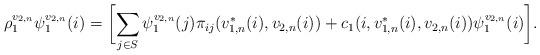
LaTeX: \begin{align*} \rho_{1}^{v_{2,n}}\psi_{1}^{v_{2,n}}(i)=\biggl[\sum_{j\in S}\psi_{1}^{v_{2,n}}(j)\pi_{ij}(v_{1,n}^{*}(i),v_{2,n}(i))+c_1(i,v_{1,n}^{*}(i),v_{2,n}(i))\psi_{1}^{v_{2,n}}(i)\biggr]. \end{align*}